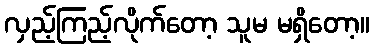
လှည့်ကြည့်လိုက်တော့ သူမ မရှိတော့။